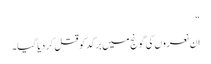
“
ان نعروں کی گونج میں برگد کو قتل کر دیا گیا۔